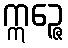
ဣဉ္ဇေ